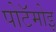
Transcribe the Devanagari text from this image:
पोटॅमोइ